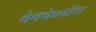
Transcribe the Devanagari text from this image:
बेक्केलॉरेट